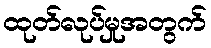
ထုတ်လုပ်မှုအတွက်